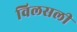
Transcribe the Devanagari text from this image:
विलसली